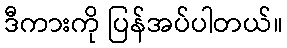
ဒီကားကို ပြန်အပ်ပါတယ်။